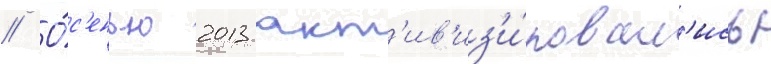
// О́с'енью 2013 акт'ив'из'и́ровал'ись